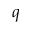
q